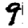
Digit: 9